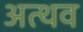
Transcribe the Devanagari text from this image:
अत्थव